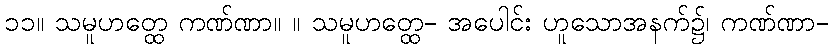
၁၁။ သမူဟတ္ထေ ကဏ်ဏာ။ ။ သမူဟတ္ထေ- အပေါင်း ဟူသောအနက်၌၊ ကဏ်ဏာ-